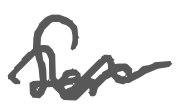
Text: for
Cross-out: wave
Writing tool: digital_gray